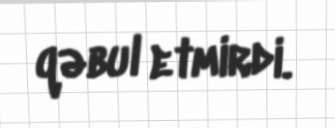
qəbul etmirdi.